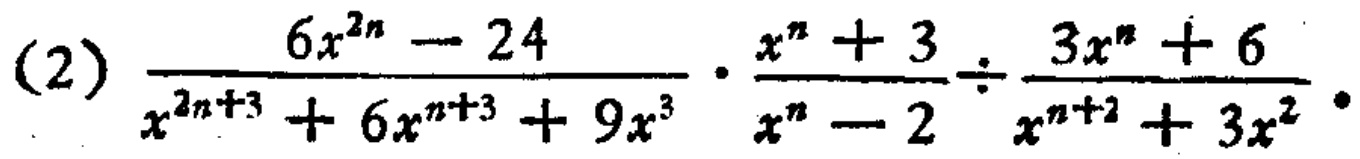
(2) \(\frac{6x^{2n}-24}{x^{2n + 3}+6x^{n + 3}+9x^{3}}\cdot\frac{x^{n}+3}{x^{n}-2}\div\frac{3x^{n}+6}{x^{n + 2}+3x^{2}}\)